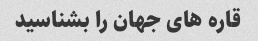
قاره های جهان را بشناسید